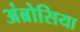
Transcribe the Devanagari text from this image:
अंब्रोसिया